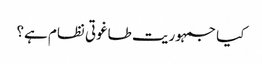
کیا جمہوریت طاغوتی نظام ہے؟